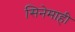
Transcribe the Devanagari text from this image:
सिनेमाही